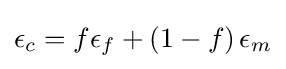
\epsilon _{c}=f\epsilon _{f}+\left(1-f\right)\epsilon _{m}